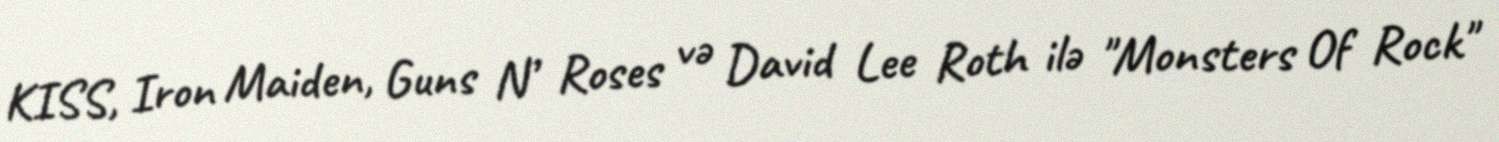
KISS, Iron Maiden, Guns N’ Roses və David Lee Roth ilə "Monsters Of Rock"